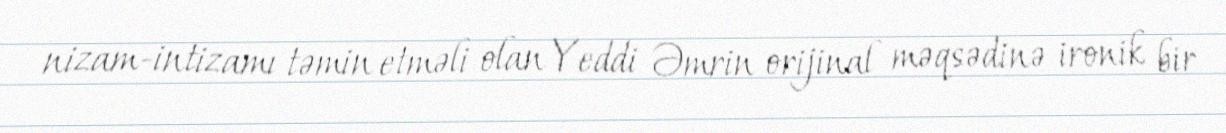
nizam-intizamı təmin etməli olan Yeddi Əmrin orijinal məqsədinə ironik bir